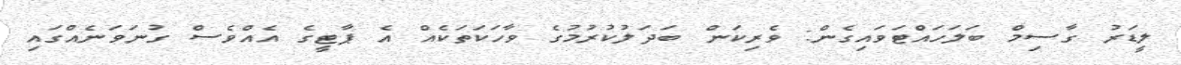
ލީޑަރު ގާސިމް ބަލަހައްޓަވައިގެން: ވެރިކަން ބަދަލުކުރުމުގެ ވާހަކަތަކެއް އެ ޕާޓީގެ އެއްވެސް ގުނަވަނެއްގައި